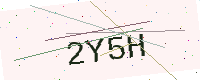
Text: 2Y5H